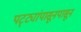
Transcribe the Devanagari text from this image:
पट्ट्यांपासूनपासून